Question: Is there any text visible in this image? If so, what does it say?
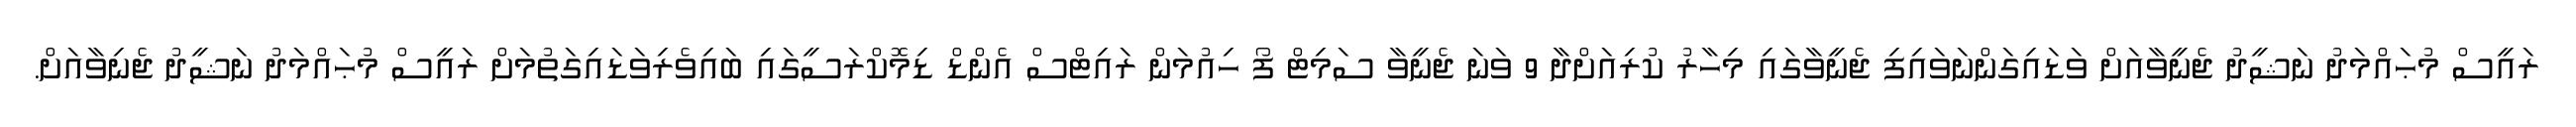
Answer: ރައީސް މުޙައްމަދު ނަޝީދު ޖެނީވާއަށް ވަޑައިގަންނަވައިފި ޖެނީވާގައި މިހާރު ކުރިއަށްދާ 9 ވަނަ ޖެނީވާ ސަމިޓް ފޯ ހިއުމަން ރައިޓްސް އެންޑް ޑިމޮކްރަސީގައި ބައިވެރިވަޑައިގަތުމަށް ރައީސް މުޙައްމަދު ނަޝީދު ޖެނިވާއަށް.